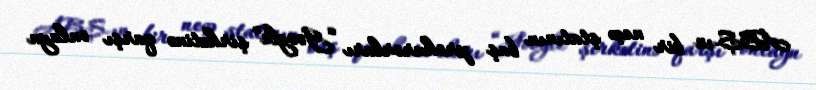
ABŞ-ın bir neçə ştatının baş prokurorları “Google” şirkətinə qarşı onlayn